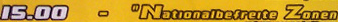
15.00 - "Nationalbefreite Zonen